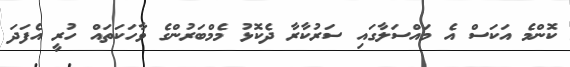
ކޮންމެ އަކަސް އެ މައްސަލާގައި ސަރުކާރާ ދެކޮޅު މެމްބަރުންގެ ވާހަކަތައް ހުރީ އެފަދަ